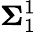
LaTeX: {\boldsymbol{\Sigma}}_{1}^{1}